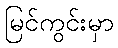
မြင်ကွင်းမှာ